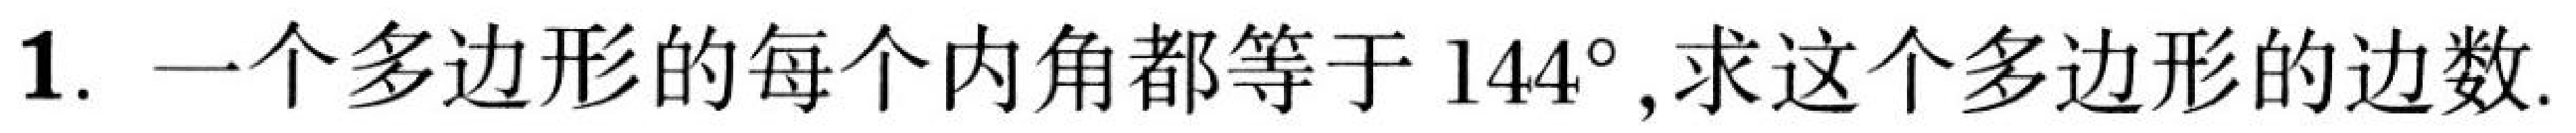
1. 一个多边形的每个内角都等于 \(144^{\circ}\)，求这个多边形的边数.